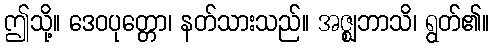
ဤသို့။ ဒေဝပုတ္တော၊ နတ်သားသည်။ အဇ္ဈဘာသိ၊ ရွတ်၏။